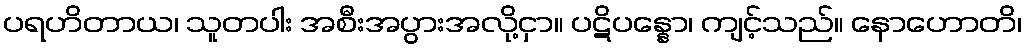
ပရဟိတာယ၊ သူတပါး အစီးအပွားအလို့ငှာ။ ပဋိပန္နော၊ ကျင့်သည်။ နောဟောတိ၊